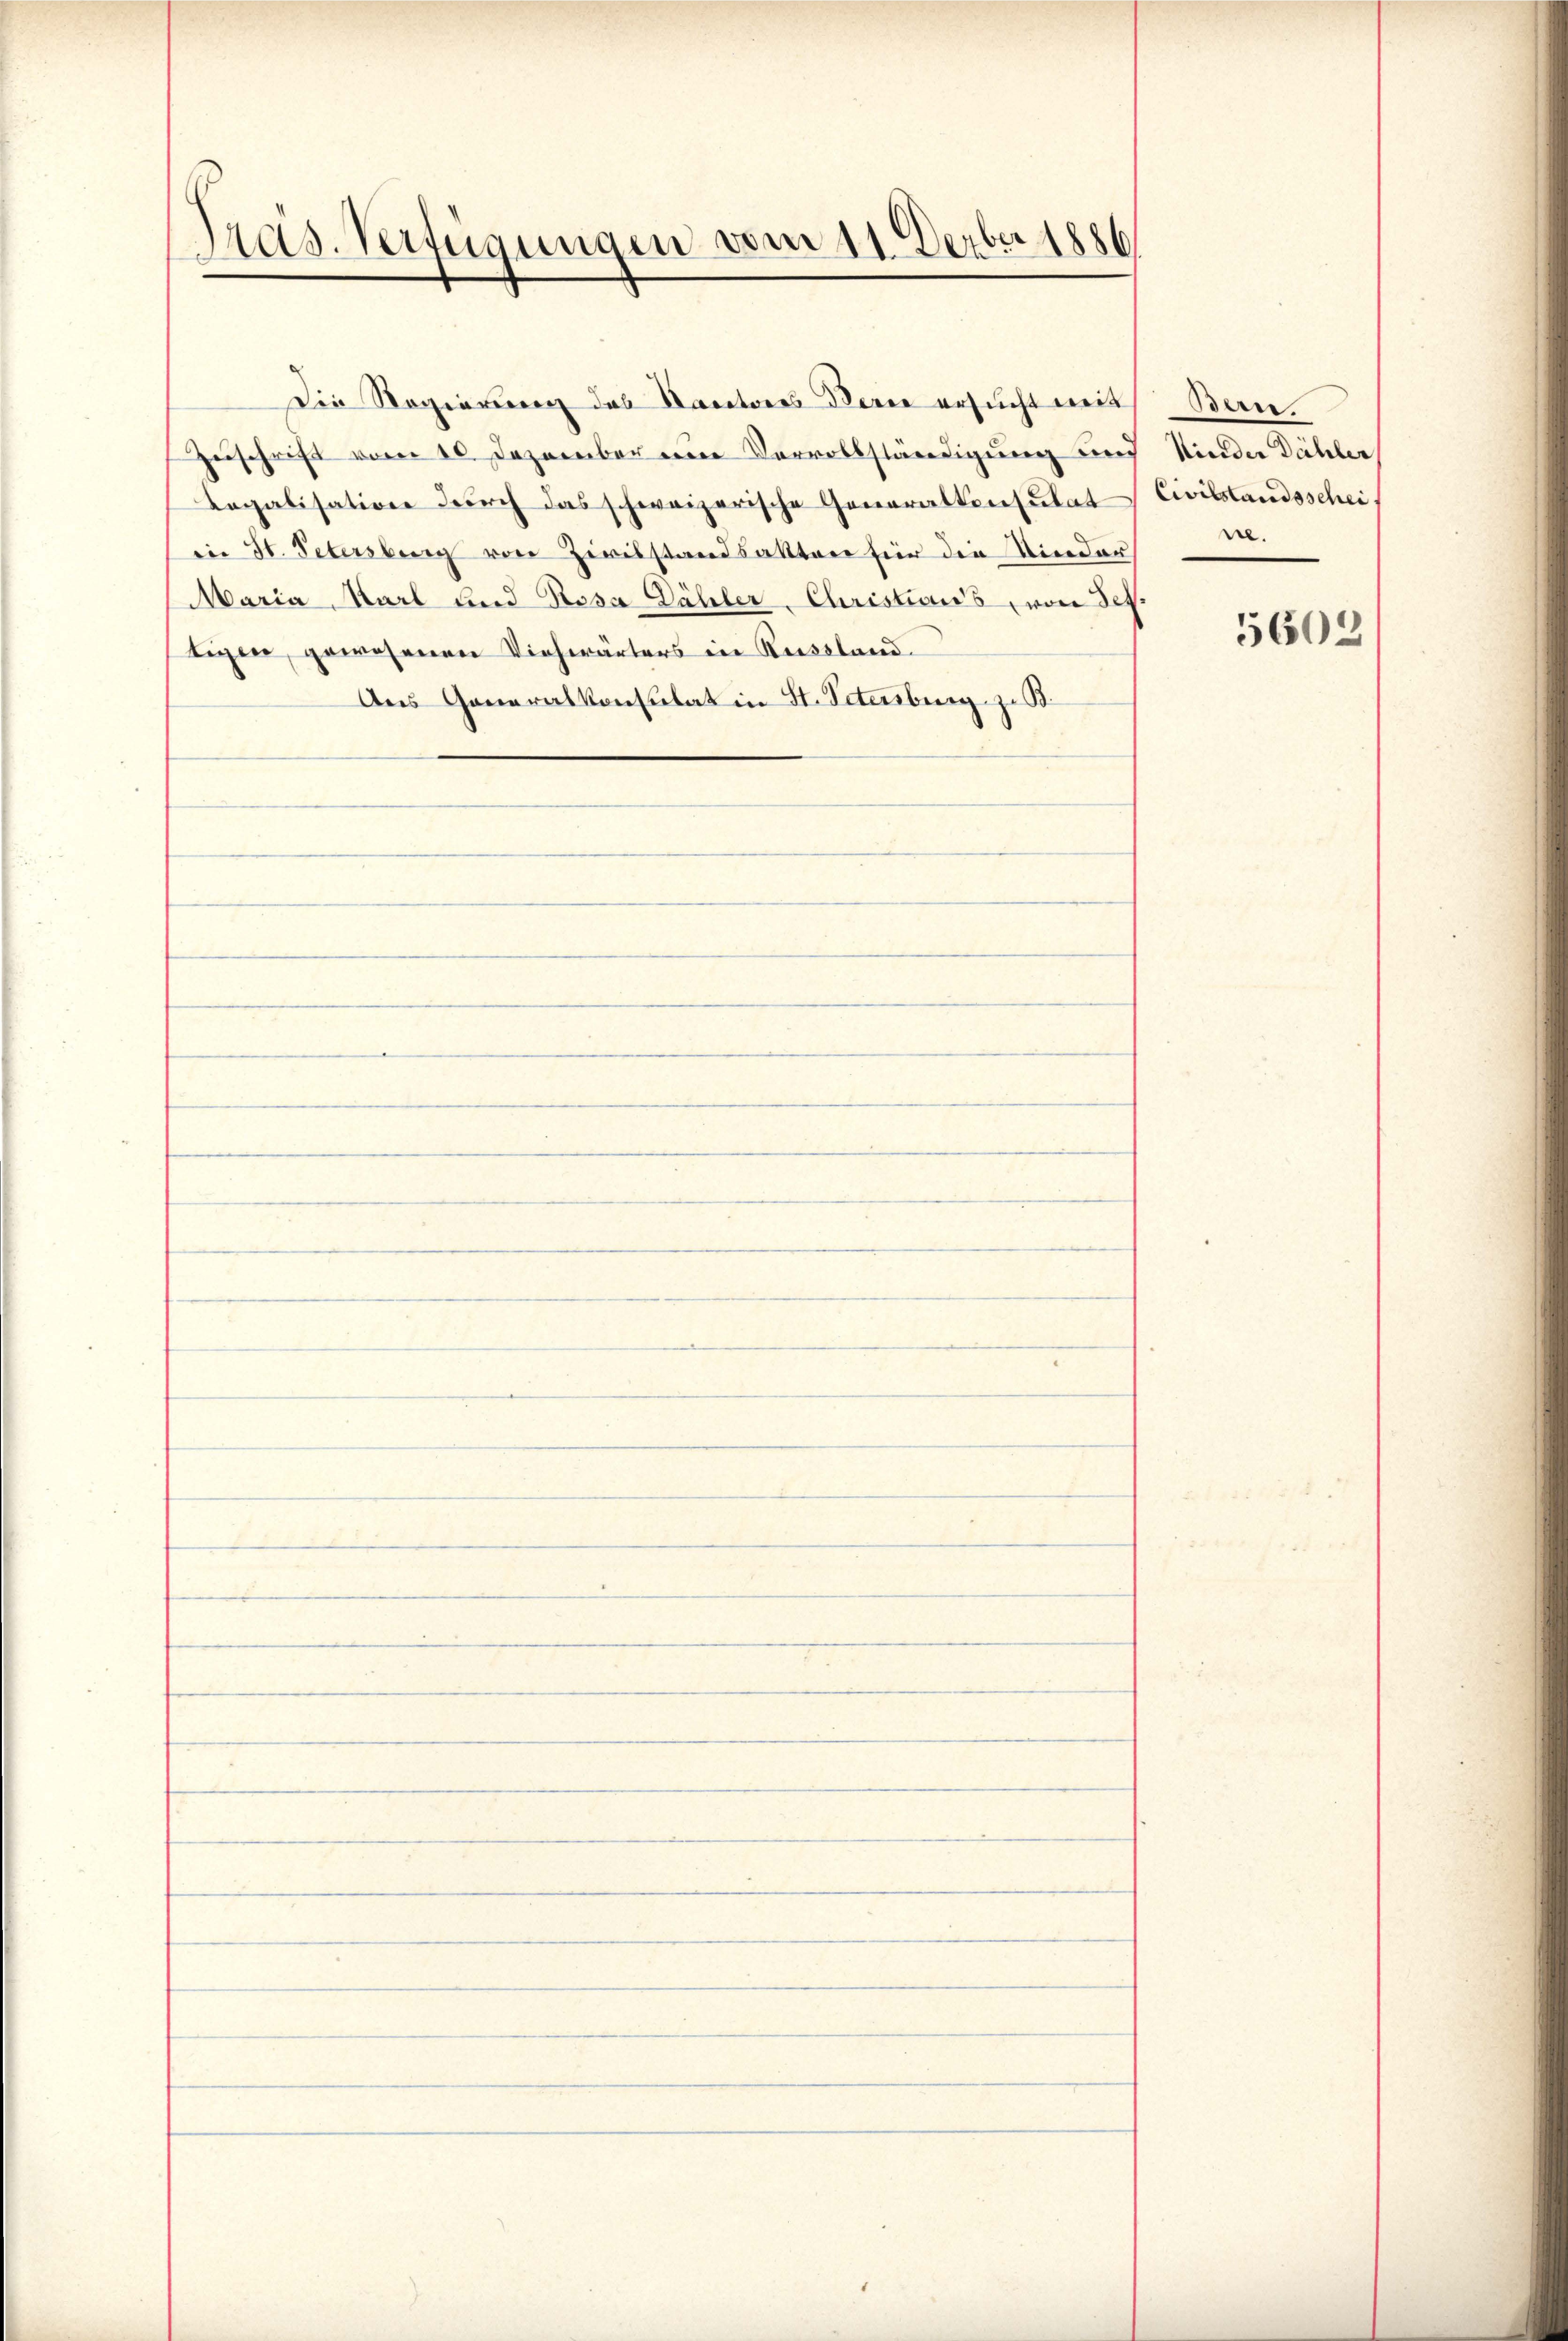
Präs. Verfügungen vom 11. Derber 1886

Zuschrift vom 10. Dezember ein Vervollständigung und Kinder Dähler
Legalisation durch das schweizerische Generalkonsulat Civilstandsscheiin St. Petersberg von Zivilstandsatten für die Kinder
Maria Karl und Rosa Dähler, Christians, von Seh
tigen, gewesenen Viehwärters ein Russland
Aus Generalkonsulat in St. Petenburg z. B.

Die Regierung des Kantores Berne ersucht mit Bern.

rre.

5602